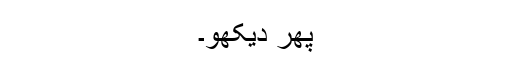
پھر دیکھو۔